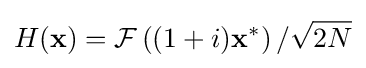
H(\mathbf {x} )={\mathcal {F}}\left((1+i)\mathbf {x} ^{*}\right)/{\sqrt {2N}}